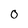
Character: O